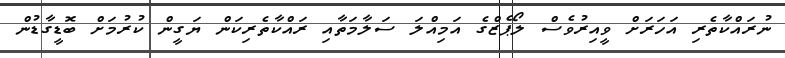
ނުރައްކާތެރި އަހަރަށް ވީއިރުވެސް ލޯޕެޒްގެ އަމިއްލަ ސަލާމަތާއި ރައްކާތެރިކަން ޔަގީން ކުރުމަށް ބޮޑީގާޑުން